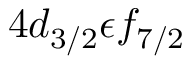
4 d _ { 3 / 2 } \epsilon f _ { 7 / 2 }